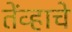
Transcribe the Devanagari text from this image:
तेंव्हाचे